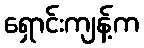
ရှောင်းကျန့်က